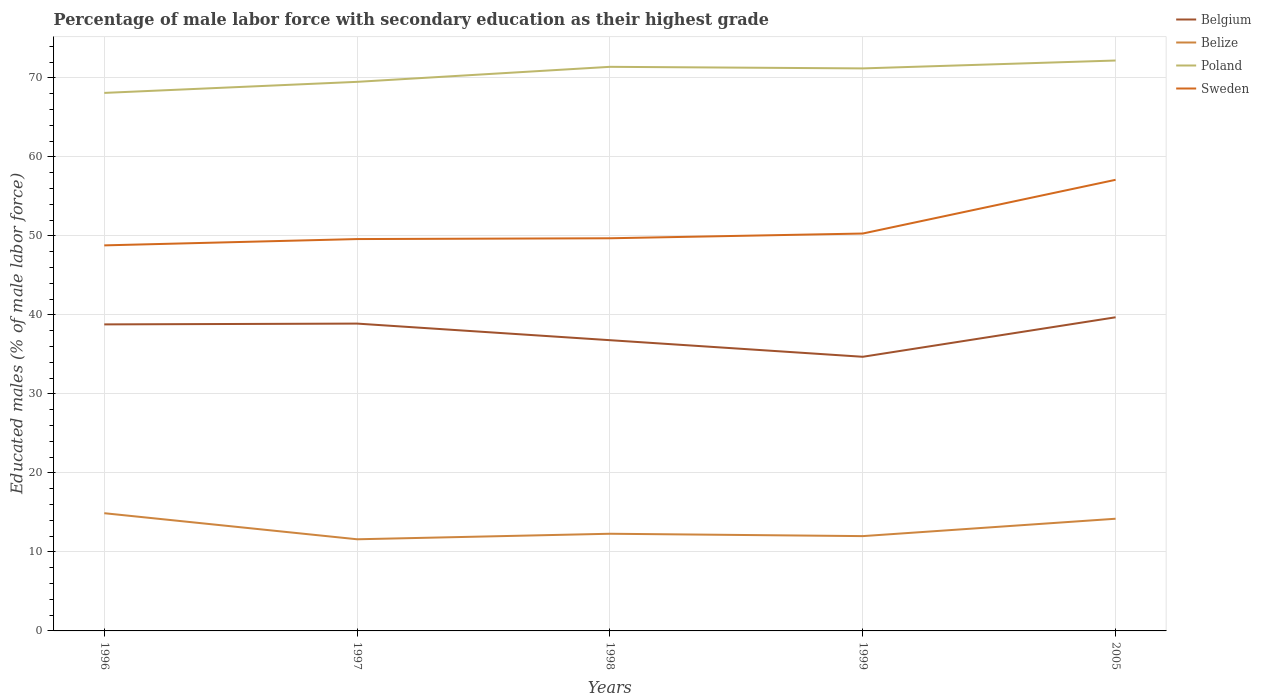
| Years | Belgium | Belize | Poland | Sweden |
 | --- | --- | --- | --- | --- |
 | 1996 | 38.8 | 14.9 | 68.1 | 48.8 |
 | 1997 | 38.9 | 11.6 | 69.5 | 49.6 |
 | 1998 | 36.8 | 12.3 | 71.4 | 49.7 |
 | 1999 | 34.7 | 12 | 71.2 | 50.3 |
 | 2005 | 39.7 | 14.2 | 72.2 | 57.1 |